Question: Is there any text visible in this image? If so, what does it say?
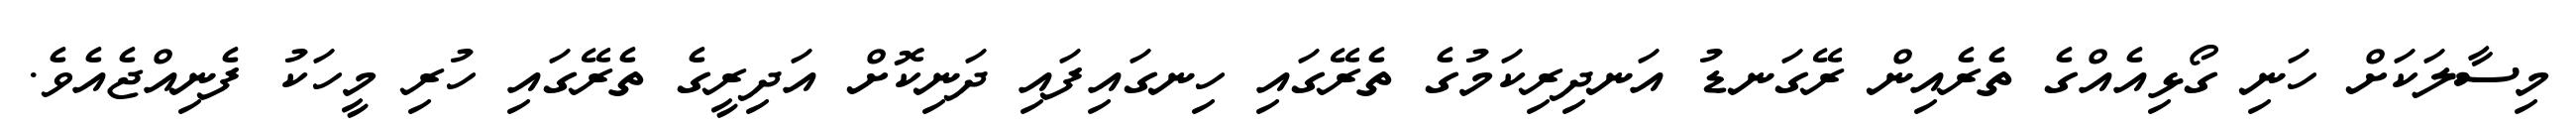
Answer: މިސާލަކަށް ހަނި ގޯޅިއެއްގެ ތެރެއިން ރޭގަނޑު އަނދިރިކަމުގެ ތެރޭގައި ހިނގައިފައި ދަނިކޮށް އަދިރީގެ ތެރޭގައި ހުރި މީހަކު ފެނިއްޖެއެވެ.